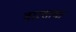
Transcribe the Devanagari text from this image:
वारशाचा